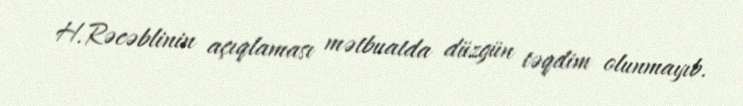
H.Rəcəblinin açıqlaması mətbuatda düzgün təqdim olunmayıb.